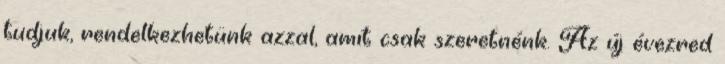
tudjuk, rendelkezhetünk azzal, amit csak szeretnénk. Az új évezred